DOW-UAP-D33, Mission Report, Greece, October 2023
Agency: Department of War
Incident date: 10/27/23
Incident location: Aegean Sea
Page 6
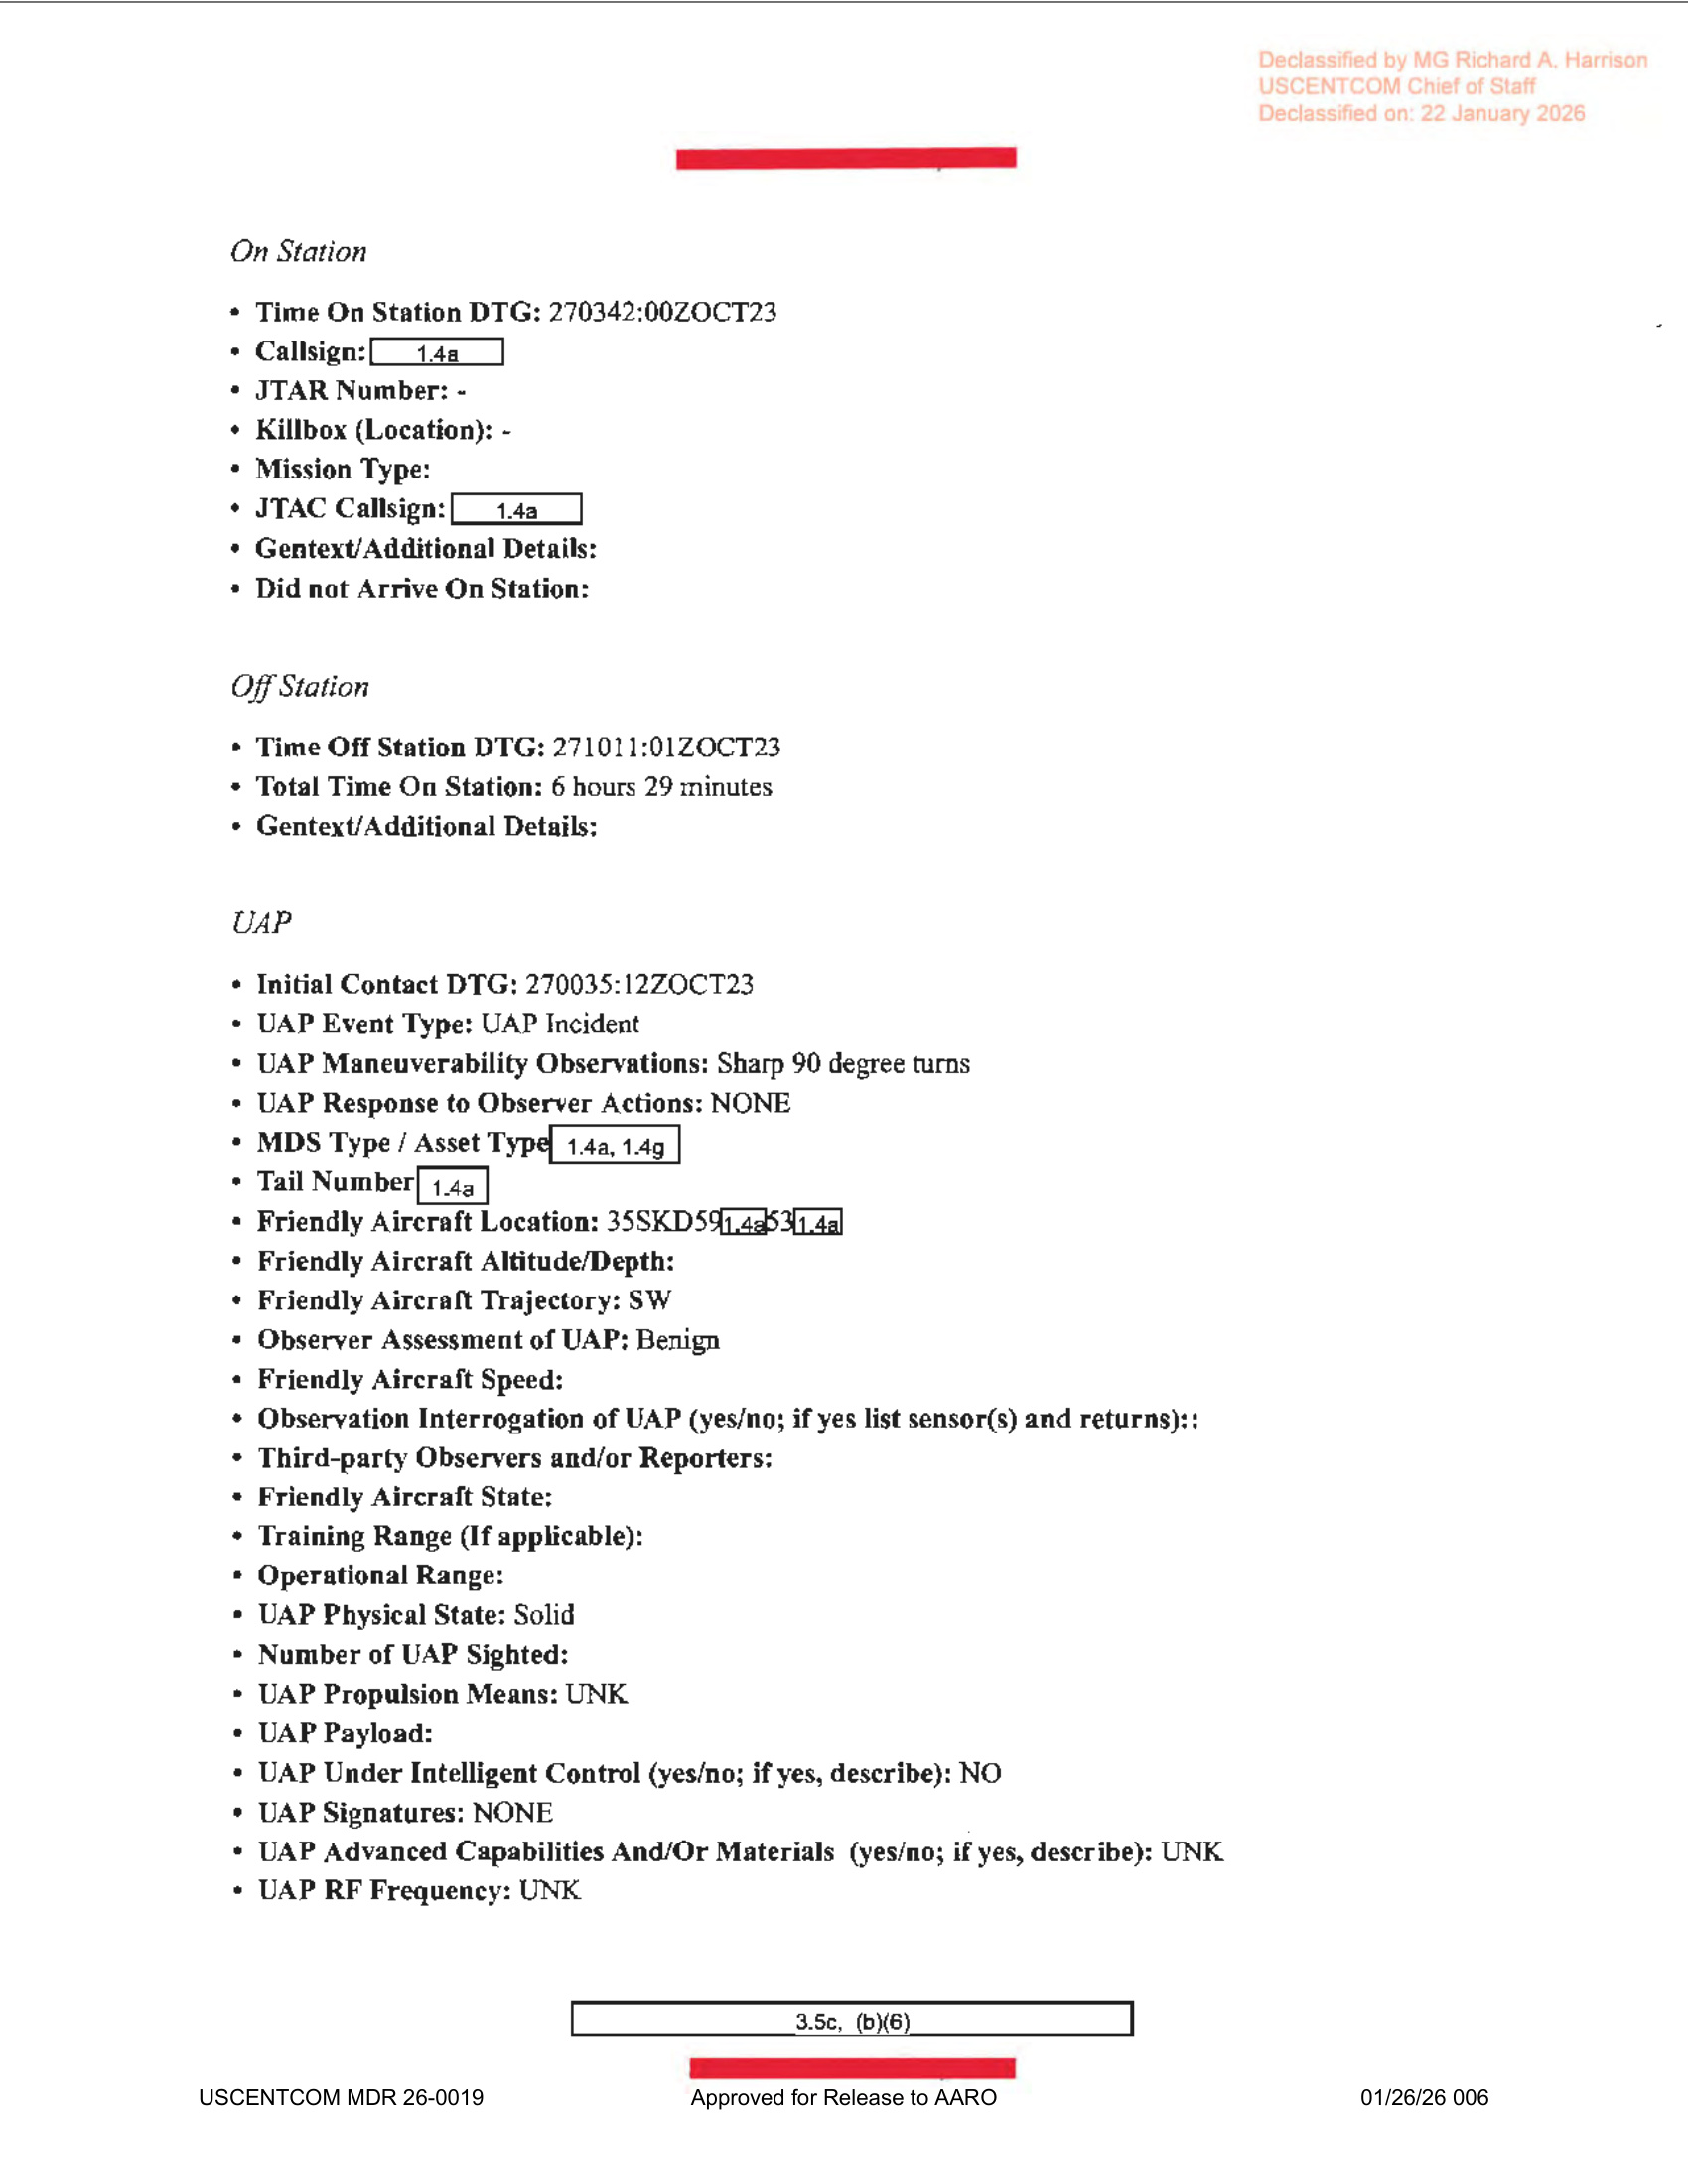